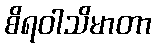
စိရဝါသိမာတာ